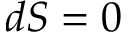
d S = 0